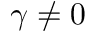
\gamma \neq 0